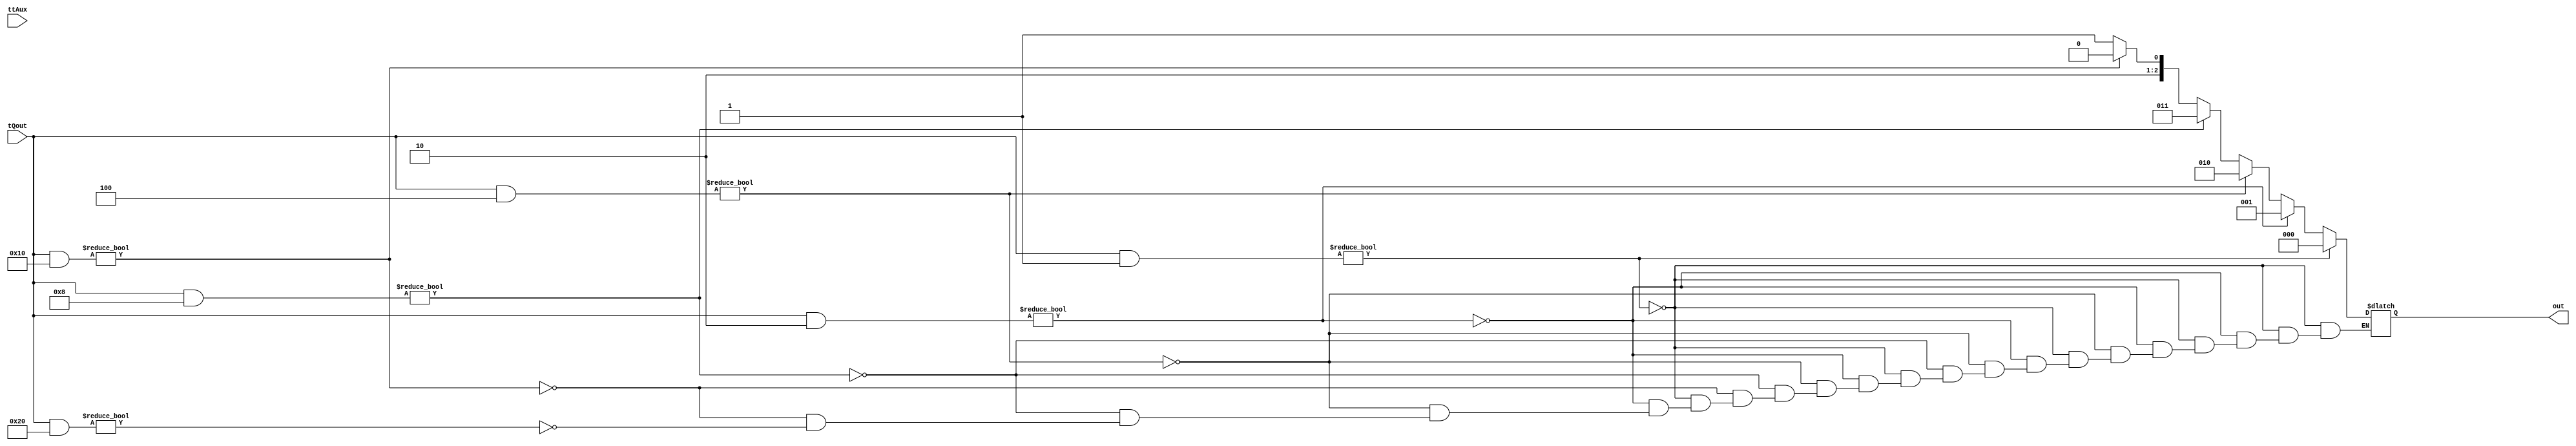
/**************************************
* Module: tt_Aux
*
* Description: Updater for the tt 
***************************************/
module  tt_Aux(output reg[2:0] out, input wire[5:0] tQout, input ttAux);
 
 //11 a 4
always@ (ttAux)
begin
    if(tQout & 6'b000001)
    begin
            out = 0;
    end
    else if(tQout & 6'b000010)
    begin
        out = 1;
    end
    else if(tQout & 6'b000100)
    begin
        out = 2;
    end
    else if(tQout & 6'b001000)
    begin
        out = 3;
    end
    else if(tQout & 6'b010000)
    begin
        out = 4;
    end
    else if(tQout & 6'b100000)
    begin
        out = 5;
    end
end
endmodule